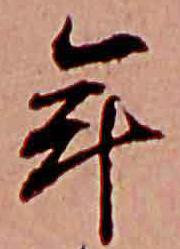
年